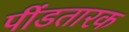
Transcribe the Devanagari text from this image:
पींडतारक